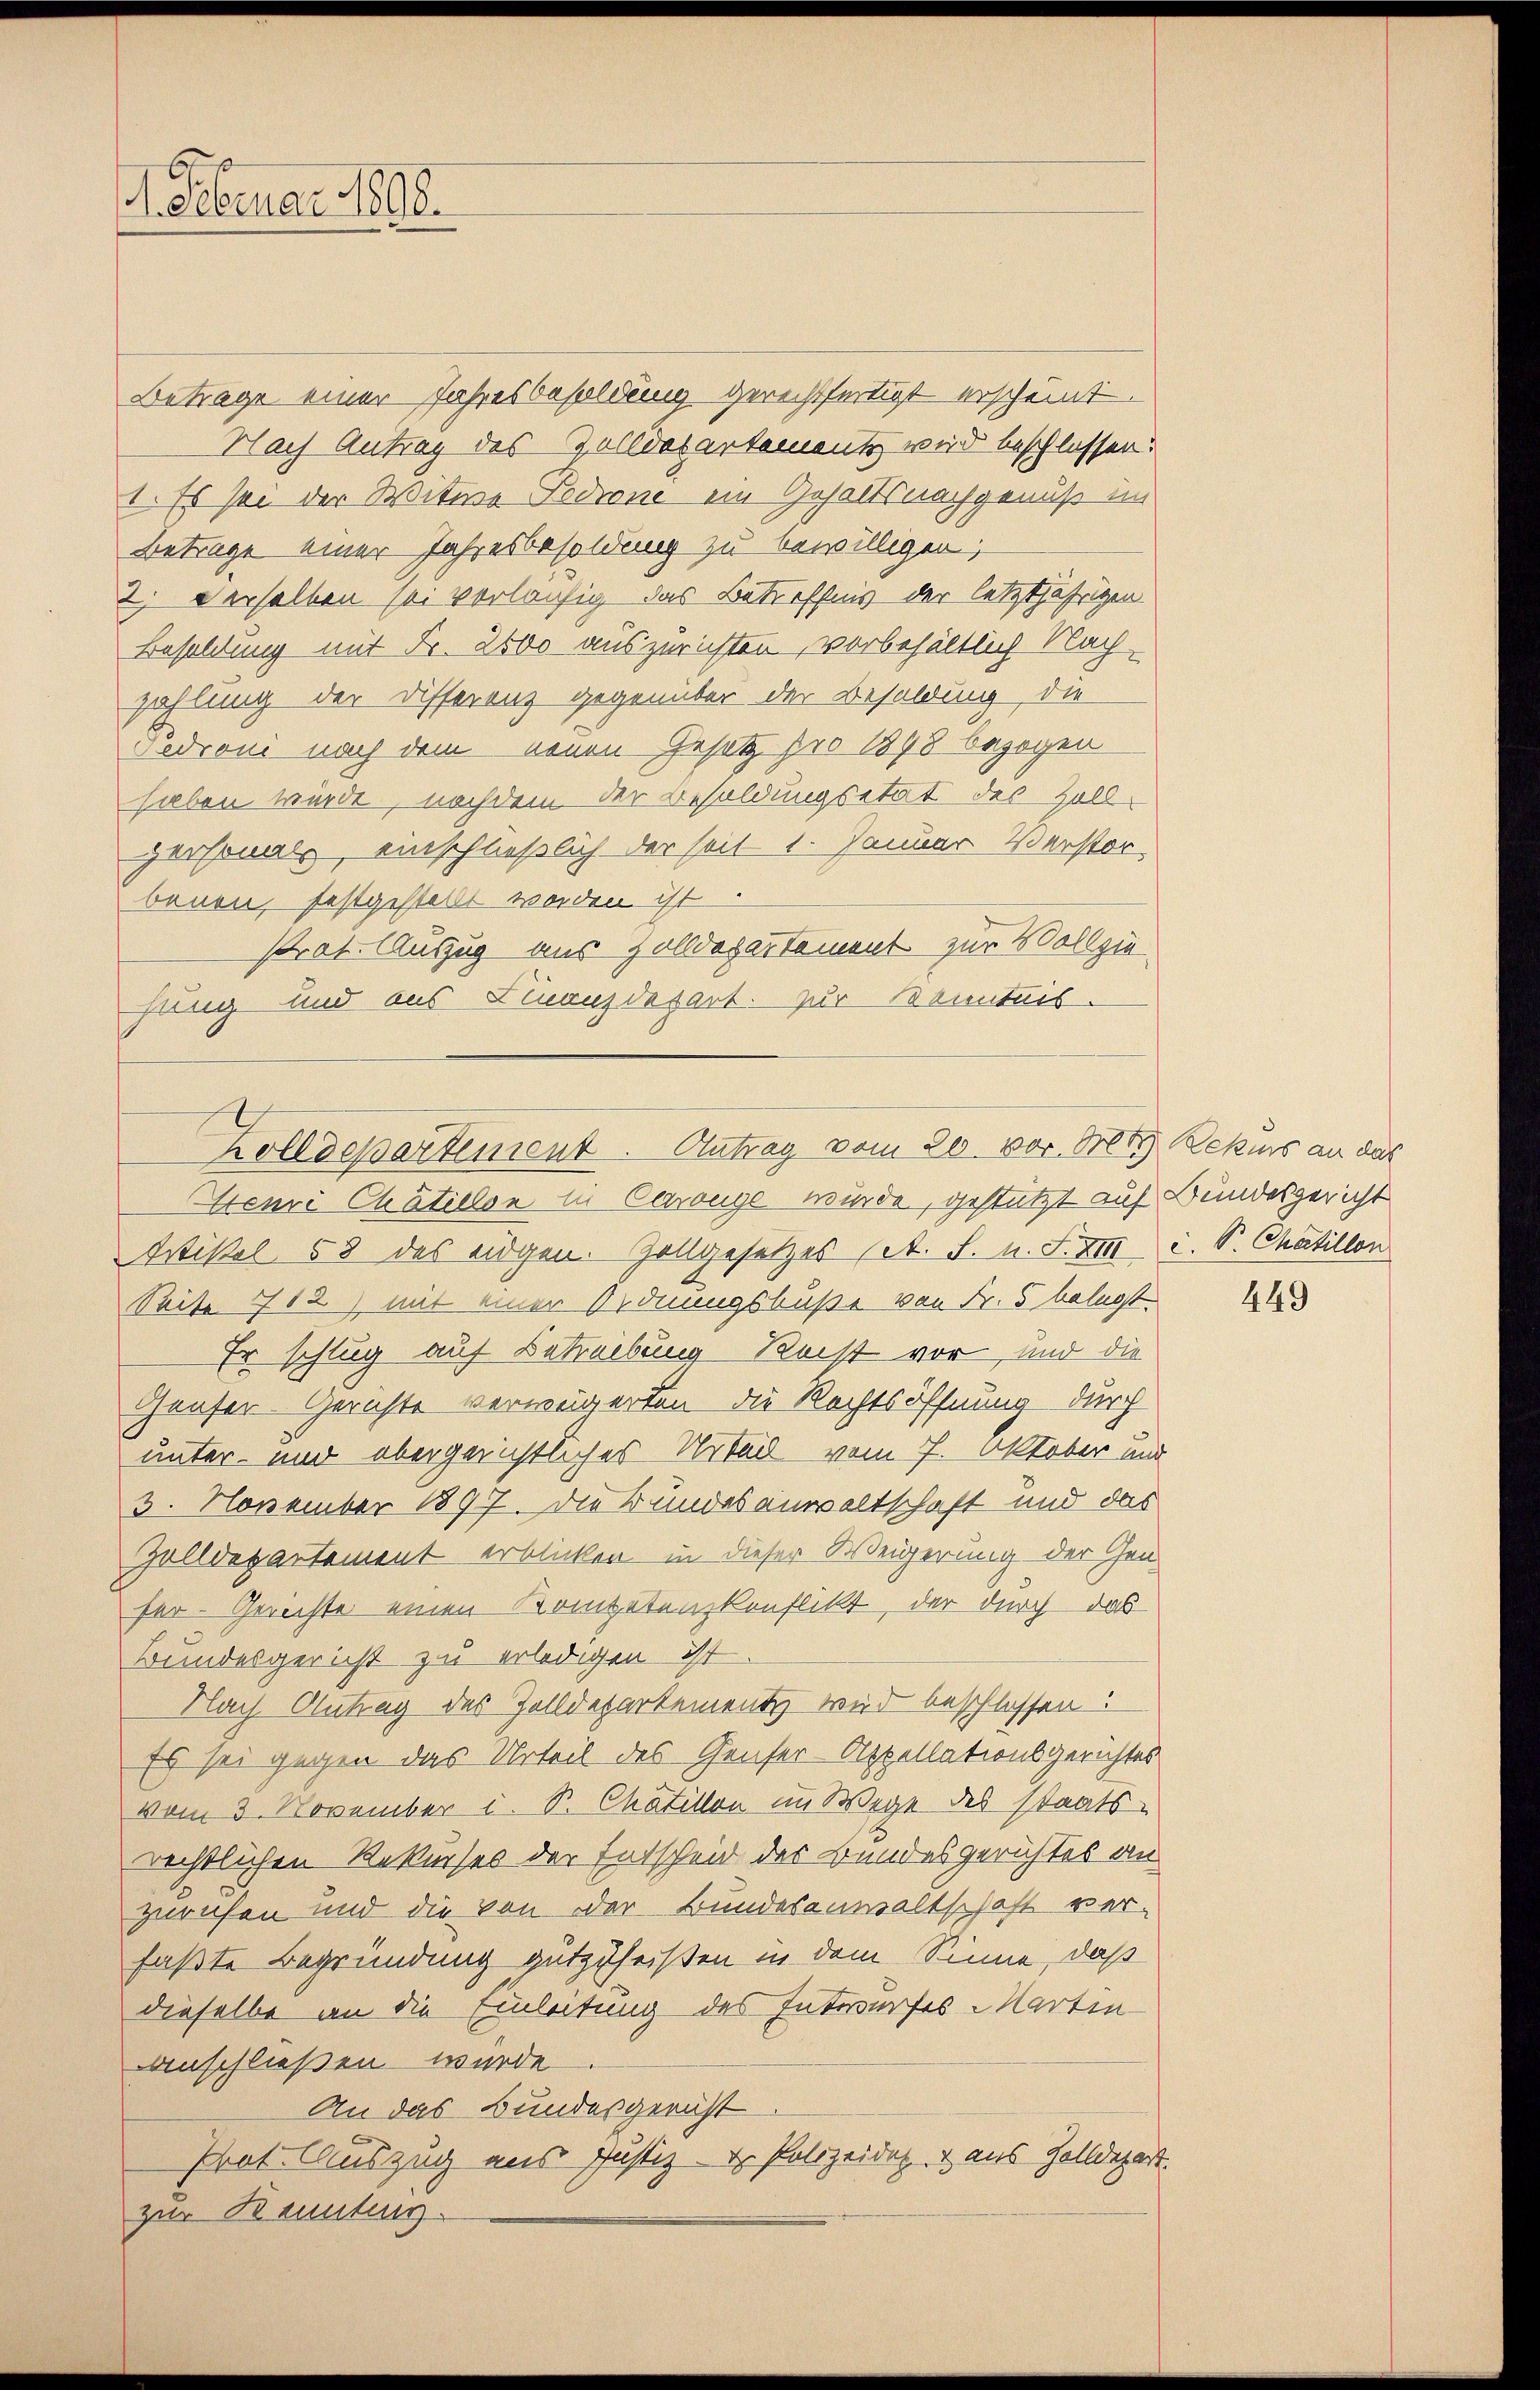
. Februar 1898.

Zolldepartement. Antrag vom 20. vor. Mt. Rekurs an das

Betrage einer Jahresbesoldung gerechtfertigt erscheint.
Nach Antrag des Zolldepartemente wird beschlossen.
1. Es sei der Witwe Lodrone ein Gehaltsnachgenuß im
Betrage einer Jahresbesoldung zu bewilligen,
2. Derselben sei vorläufig das Betreffnis der letztjährigen
Besoldung mit Fr. 2000 auszurichten, vorbehältlich Nach
zahlung der Differenz gegenüber der Besoldung, die
Fedioni nach dem neuen Gesetz pro 1898 bezogen
haben wurde, nachdem der Besoldungsetat des Zoll-
personals, einschließlich der seit 1. Januar Verstor-
bauen, festgestellt worden ist.
Praf. Auszug aus Zolldegartement zur Vollziehung und aus Finanzdepart. zur Kenntnis.
Henri Chätillon in Carouge wurde, gestützt auf Bundesgericht
Wtikel 58 des eidgen. Zollgesetzes (St. F. n. F. XIII c. S. Chaillon
Seite 712) mit einer Ordnungsbuße von Fr. 5 belegt.
Er schlug auf Betreibung Recht vor und die
Häuser Gerichte verweigerten die Rechtsöffnung durch
unter- und übergerichtliches Urteil vom 7. Oktober und
3. November 1897. Die Bundesanwaltschaft und das
Zolldepartement erblicken in dieser Weigerung der Genfer. Gerichte einen Kompetenzkonflikt, der durch das
Bundesgericht zu erledigen ist.
Nach Antrag des Zolldepartement wir beschlossen:
Es sei gegen das Urteil des Genfer-Appellationsgerichtes
vom 3. November i. S. Chaillon im Wege des staats-
rechtlichen Rekurses der Entscheid des Bundesgerichtes an
zurufen und die von der Bundesanwaltschaft verfaßte Begründung gutzuheißen in dem Sinne, daß
dieselbe an die Einleitung des Entwurfes Martin
Anschließen wurde
An das Bundesgericht
Erat. Auszug aus Justiz- & Polizeidet & aus Zolldepart.
zur Benutung.

449